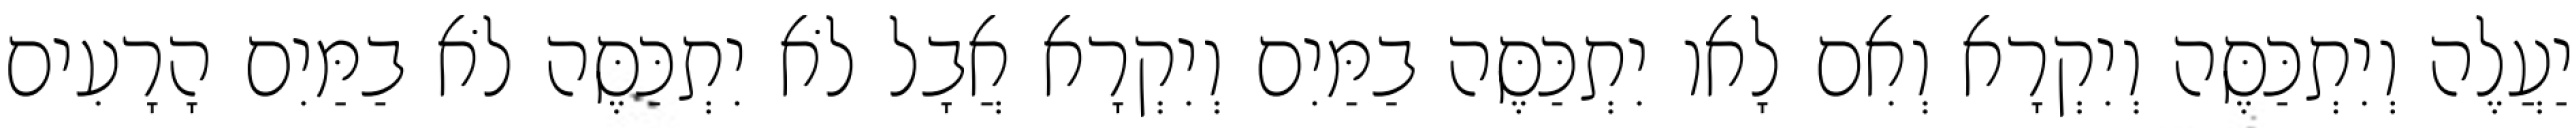
יַעֲלֶה וְיִתְכַּסֶּה וְיִקְרָא וְאִם לָאו יִתְכַּסֶּה בַמַּיִם וְיִקְרָא אֲבָל לֹא יִתְכַּסֶּה לֹא בַמַּיִם הָרָעִים